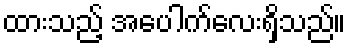
ထားသည့် အပေါက်လေးရှိသည်။